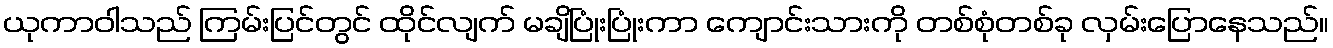
ယုကာဝါသည် ကြမ်းပြင်တွင် ထိုင်လျက် မချိပြုံးပြုံးကာ ကျောင်းသားကို တစ်စုံတစ်ခု လှမ်းပြောနေသည်။